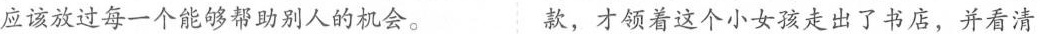
应该放过每一个能够帮助别人的机会。 款，才领着这个小女孩走出了书店，并看清